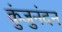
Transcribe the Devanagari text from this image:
कुंजुनंदन